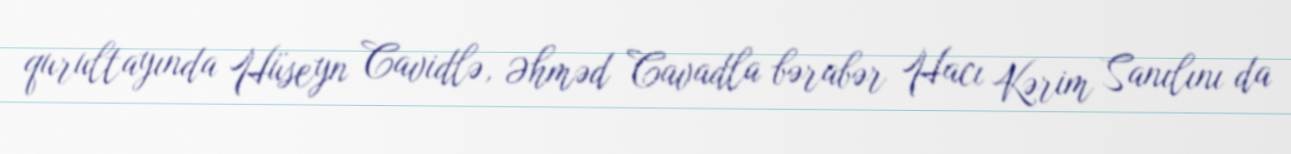
qurultayında Hüseyn Cavidlə, Əhməd Cavadla bərabər Hacı Kərim Sanılını da